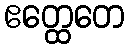
ဧတ္ထေတေ